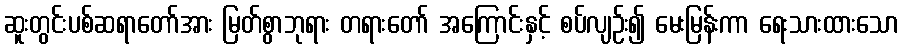
ဆူးတွင်းပစ်ဆရာတော်အား မြတ်စွာဘုရား တရားတော် အကြောင်းနှင့် စပ်လျဉ်း၍ မေးမြန်းကာ ရေးသားထားသော